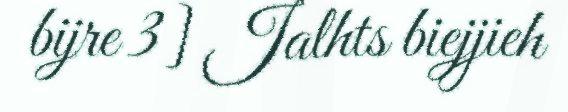
bijre 3] Jalhts biejjieh